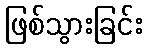
ဖြစ်သွားခြင်း